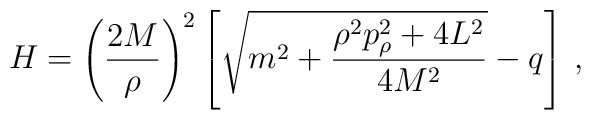
H = \left(\frac{2M}{\rho}\right)^2 \left[ \sqrt{m^2 +\frac{\rho^2p_\rho^2 + 4L^2}{4M^2}} -q\right]\,,